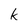
Character: k